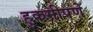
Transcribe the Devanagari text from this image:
हुकमीपणे